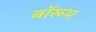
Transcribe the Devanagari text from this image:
बॉरूम